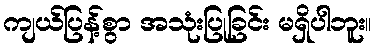
ကျယ်ပြန့်စွာ အသုံးပြုခြင်း မရှိပါဘူး။